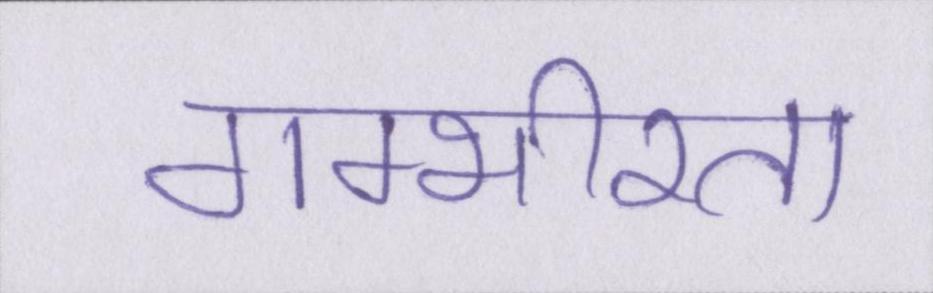
गम्भीरता